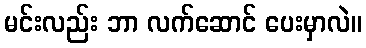
မင်းလည်း ဘာ လက်ဆောင် ပေးမှာလဲ။